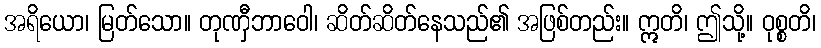
အရိယော၊ မြတ်သော။ တုဏှီဘာဝေါ၊ ဆိတ်ဆိတ်နေသည်၏ အဖြစ်တည်း။ ဣတိ၊ ဤသို့။ ဝုစ္စတိ၊